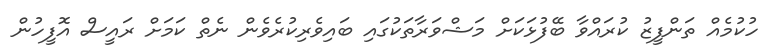
ހުކުމެއް ތަންފީޒު ކުރައްވާ ބޭފުޅަކަށް މަޝްވަރާތަކުގައި ބައިވެރިކުރެވެން ނެތް ކަމަށް ރައީސް އޮފީހުން